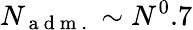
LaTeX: N_{\mathrm{~a~d~m~.~}}\sim N^{0}.7